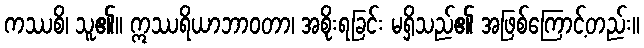
ကဿစိ၊ သူ၏။ ဣဿရိယာဘာဝတာ၊ အစိုးရခြင်း မရှိသည်၏ အဖြစ်ကြောင့်တည်း။